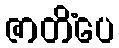
ဇာတိံပေ